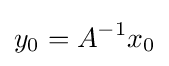
y_{0}=A^{-1}x_{0}